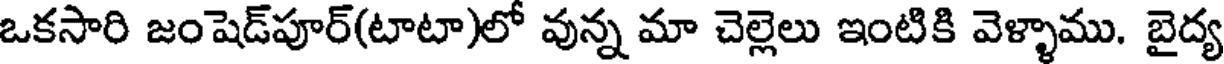
ఒకసారి జంషెడ్పూర్(టాటా)లో వున్న మా చెల్లెలు ఇంటికి వెళ్ళాము. బైద్య